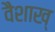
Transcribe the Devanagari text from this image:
वैशाख्